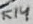
Text: R14